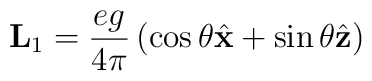
{\bf L} _1 = {e g \over 4 \pi} \left( \cos \theta {\hat {\bf x}}+ \sin \theta {\hat {\bf z}} \right)